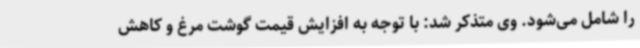
را شامل می‌شود. وی متذکر شد: با توجه به افزایش قیمت گوشت مرغ و کاهش